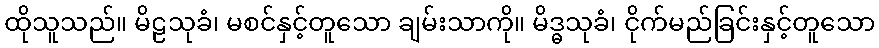
ထိုသူသည်။ မိဠသုခံ၊ မစင်နှင့်တူသော ချမ်းသာကို။ မိဒ္ဓသုခံ၊ ငိုက်မည်ခြင်းနှင့်တူသော